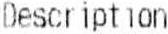
DESCRIPTION